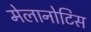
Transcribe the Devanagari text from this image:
मेलानोटिस